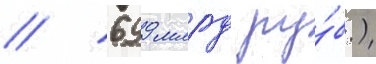
/ 699 млрд ру́б.)